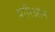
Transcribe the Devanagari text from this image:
मारिओन